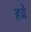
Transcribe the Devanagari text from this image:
हद्रे